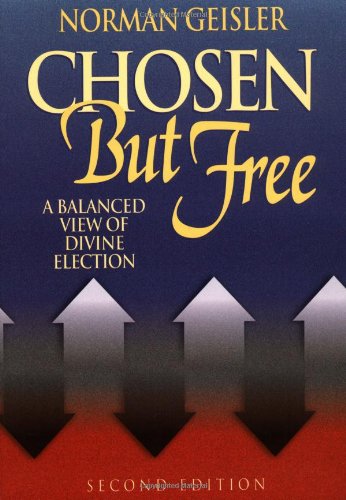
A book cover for Chosen But Free; Norman L. Geisler; Christian Books & Bibles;